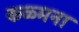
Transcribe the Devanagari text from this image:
कळ्मना